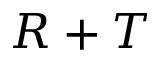
R + T